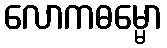
လောကဓမ္မော